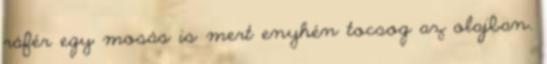
ráfér egy mosás is mert enyhén tocsog az olajban.